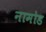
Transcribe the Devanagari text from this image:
नामोड